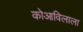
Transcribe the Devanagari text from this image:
कोआविलाला